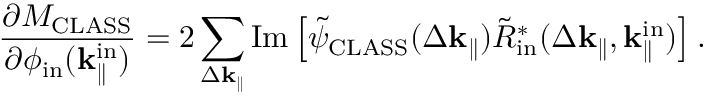
\frac { \partial M _ { \mathrm { C L A S S } } } { \partial \phi _ { \mathrm { i n } } ( \mathbf { k } _ { \parallel } ^ { \mathrm { i n } } ) } = 2 \sum _ { \Delta \mathbf { k } _ { \parallel } } \mathrm { I m } \left[ \Tilde { \psi } _ { \mathrm { C L A S S } } ( \Delta \mathbf { k } _ { \parallel } ) \Tilde { R } _ { \mathrm { i n } } ^ { \ast } ( \Delta \mathbf { k } _ { \parallel } , \mathbf { k } _ { \parallel } ^ { \mathrm { i n } } ) \right] .